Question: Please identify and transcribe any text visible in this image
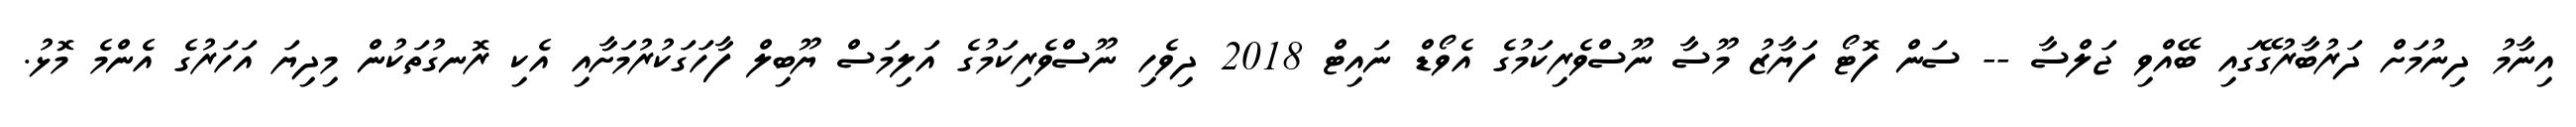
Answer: އިނާމު ދިނުމަށް ދަރުބާރުގޭގައި ބޭއްވި ޖަލްސާ -- ސަން ފޮޓޯ ފަޔާޒު މޫސާ ނޫސްވެރިކަމުގެ އެވޯޑް ނައިޓް 2018 ދިވެހި ނޫސްވެރިކަމުގެ އަލިމަސް ޔޫބިލް ފާހަގަކުރުމަށާއި އެކި ރޮނގުތަކުން މިދިޔަ އަހަރުގެ އެންމެ މޮޅު.